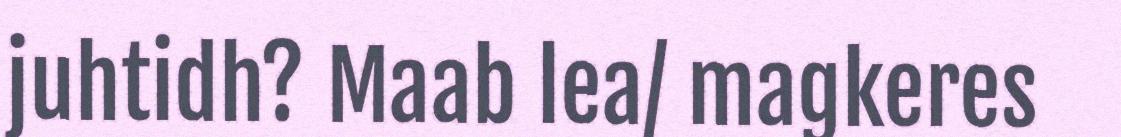
juhtidh? Maab lea/ magkeres